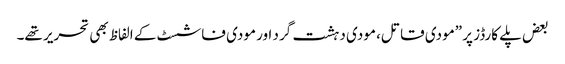
بعض پلے کارڈز پر ”مودی قاتل، مودی دہشت گرد اور مودی فاشسٹ کے الفاظ بھی تحریر تھے۔